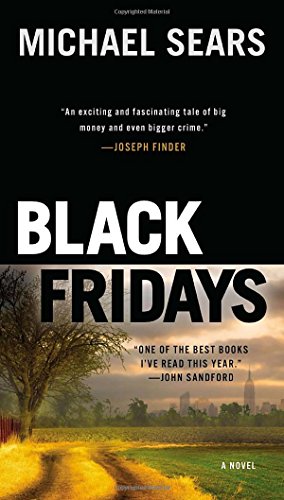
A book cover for Black Fridays (Jason Stafford); Michael Sears; Mystery, Thriller & Suspense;